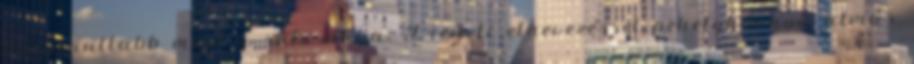
bonyorultabb mint a süti maga. Eredeti elnevezéssel pehelykönnyű almás